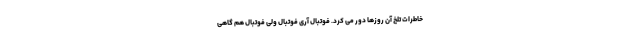
خاطرات تلخ آن روزها دور می کرد. فوتبال آری فوتبال ولی فوتبال هم گاهی